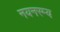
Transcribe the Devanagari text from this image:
नयनरम्‍य